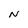
Character: N